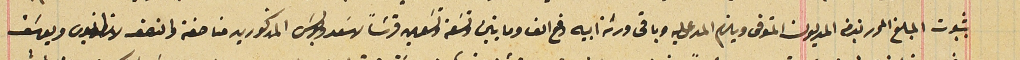
بثبوت المبلغ المحرر بذمة المديون المتوفى ويلزم المدعى عليه وباقى ورثة ابيه دفع الف ومايتين وتسَعة وتسَعين قرشاً لاسَعد وبولسَ المذكورين مناصفة والنصف لانطنيوس ويوسَف